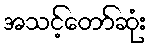
အသင့်တော်ဆုံး